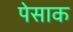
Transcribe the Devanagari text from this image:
पेसाक